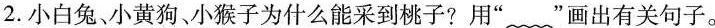
2.小白兔、小黄狗、小猴子为什么能采到桃子?用”﹏”画出有关句子。